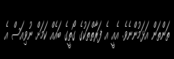
ތަންތަން އަޅަމުންނެވެ. އެއީ އެ ފަރާތްތަކުގެ ގޯތީގެ ބައެއް ކަމަށް ނުވިއަސް އެ